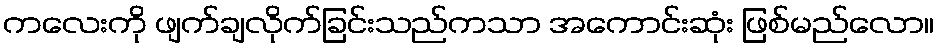
ကလေးကို ဖျက်ချလိုက်ခြင်းသည်ကသာ အကောင်းဆုံး ဖြစ်မည်လော။